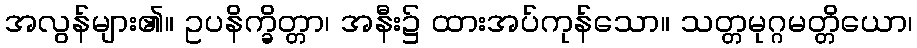
အလွန်များ၏။ ဥပနိက္ခိတ္တာ၊ အနီး၌ ထားအပ်ကုန်သော။ သတ္တမုဂ္ဂမတ္တိယော၊